Bréfritari: Benedikt Hálfdanarson
Dagsetning: A-1908-11-03
Skrifað á: Vesturheimi

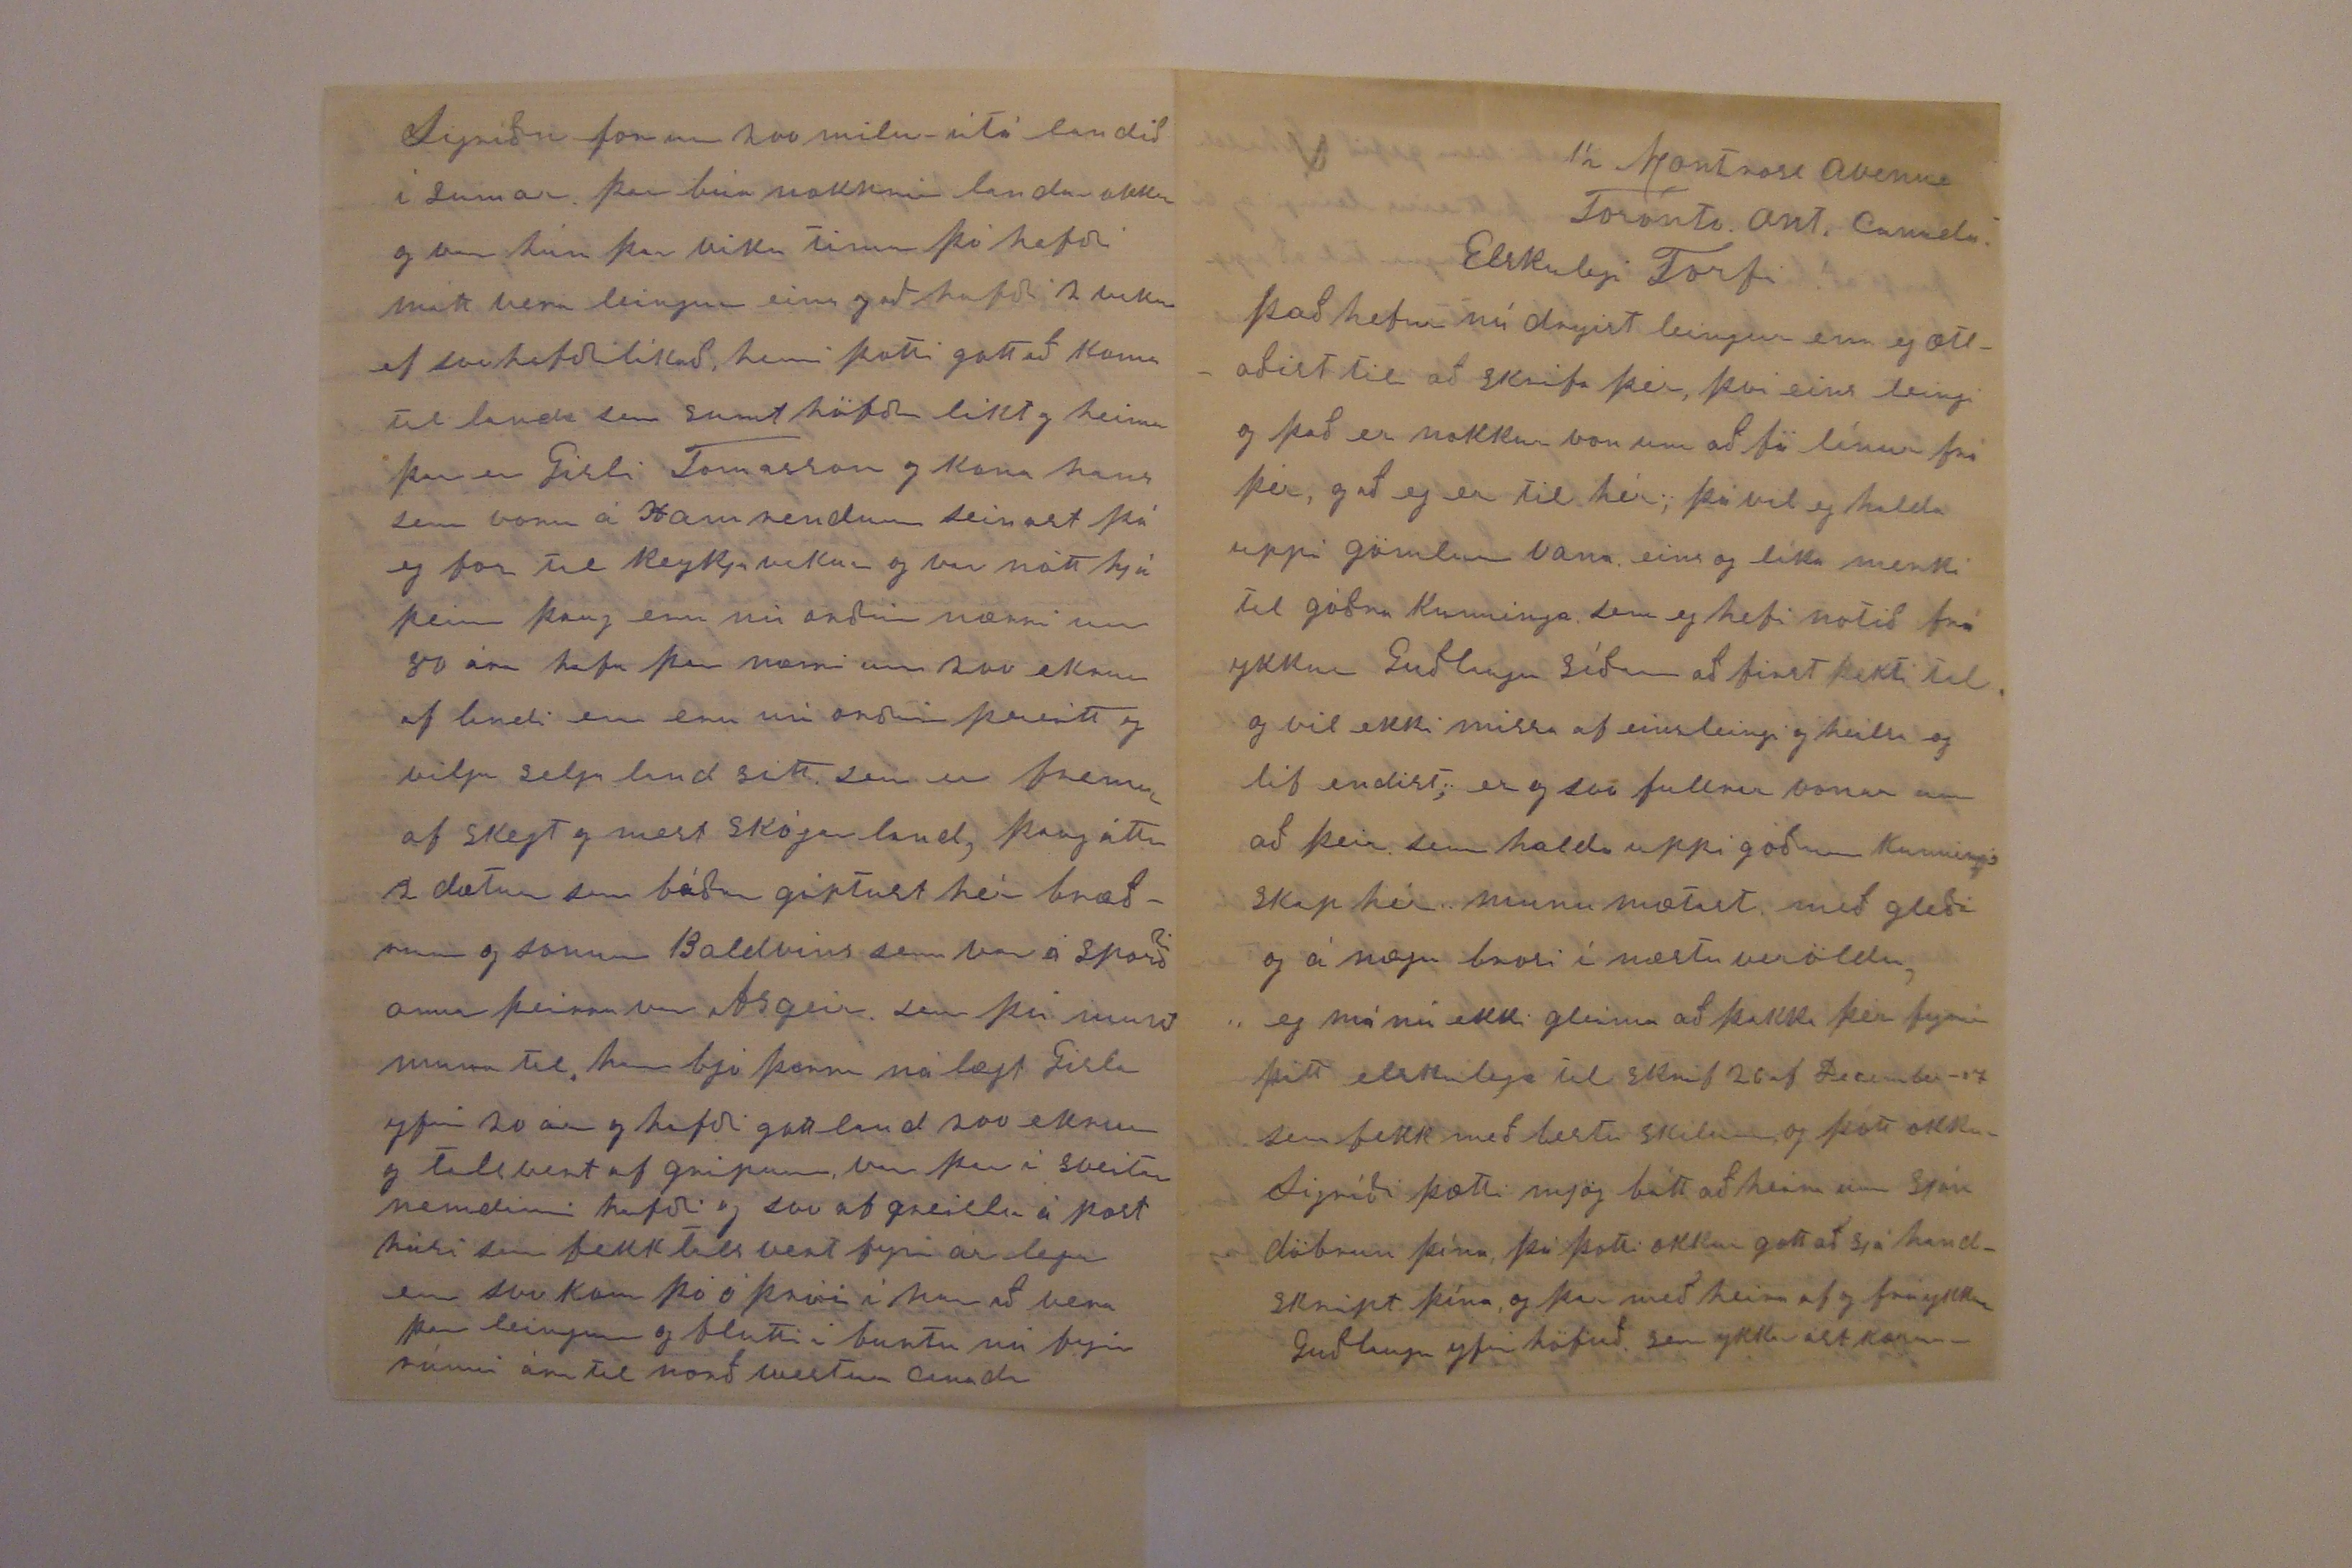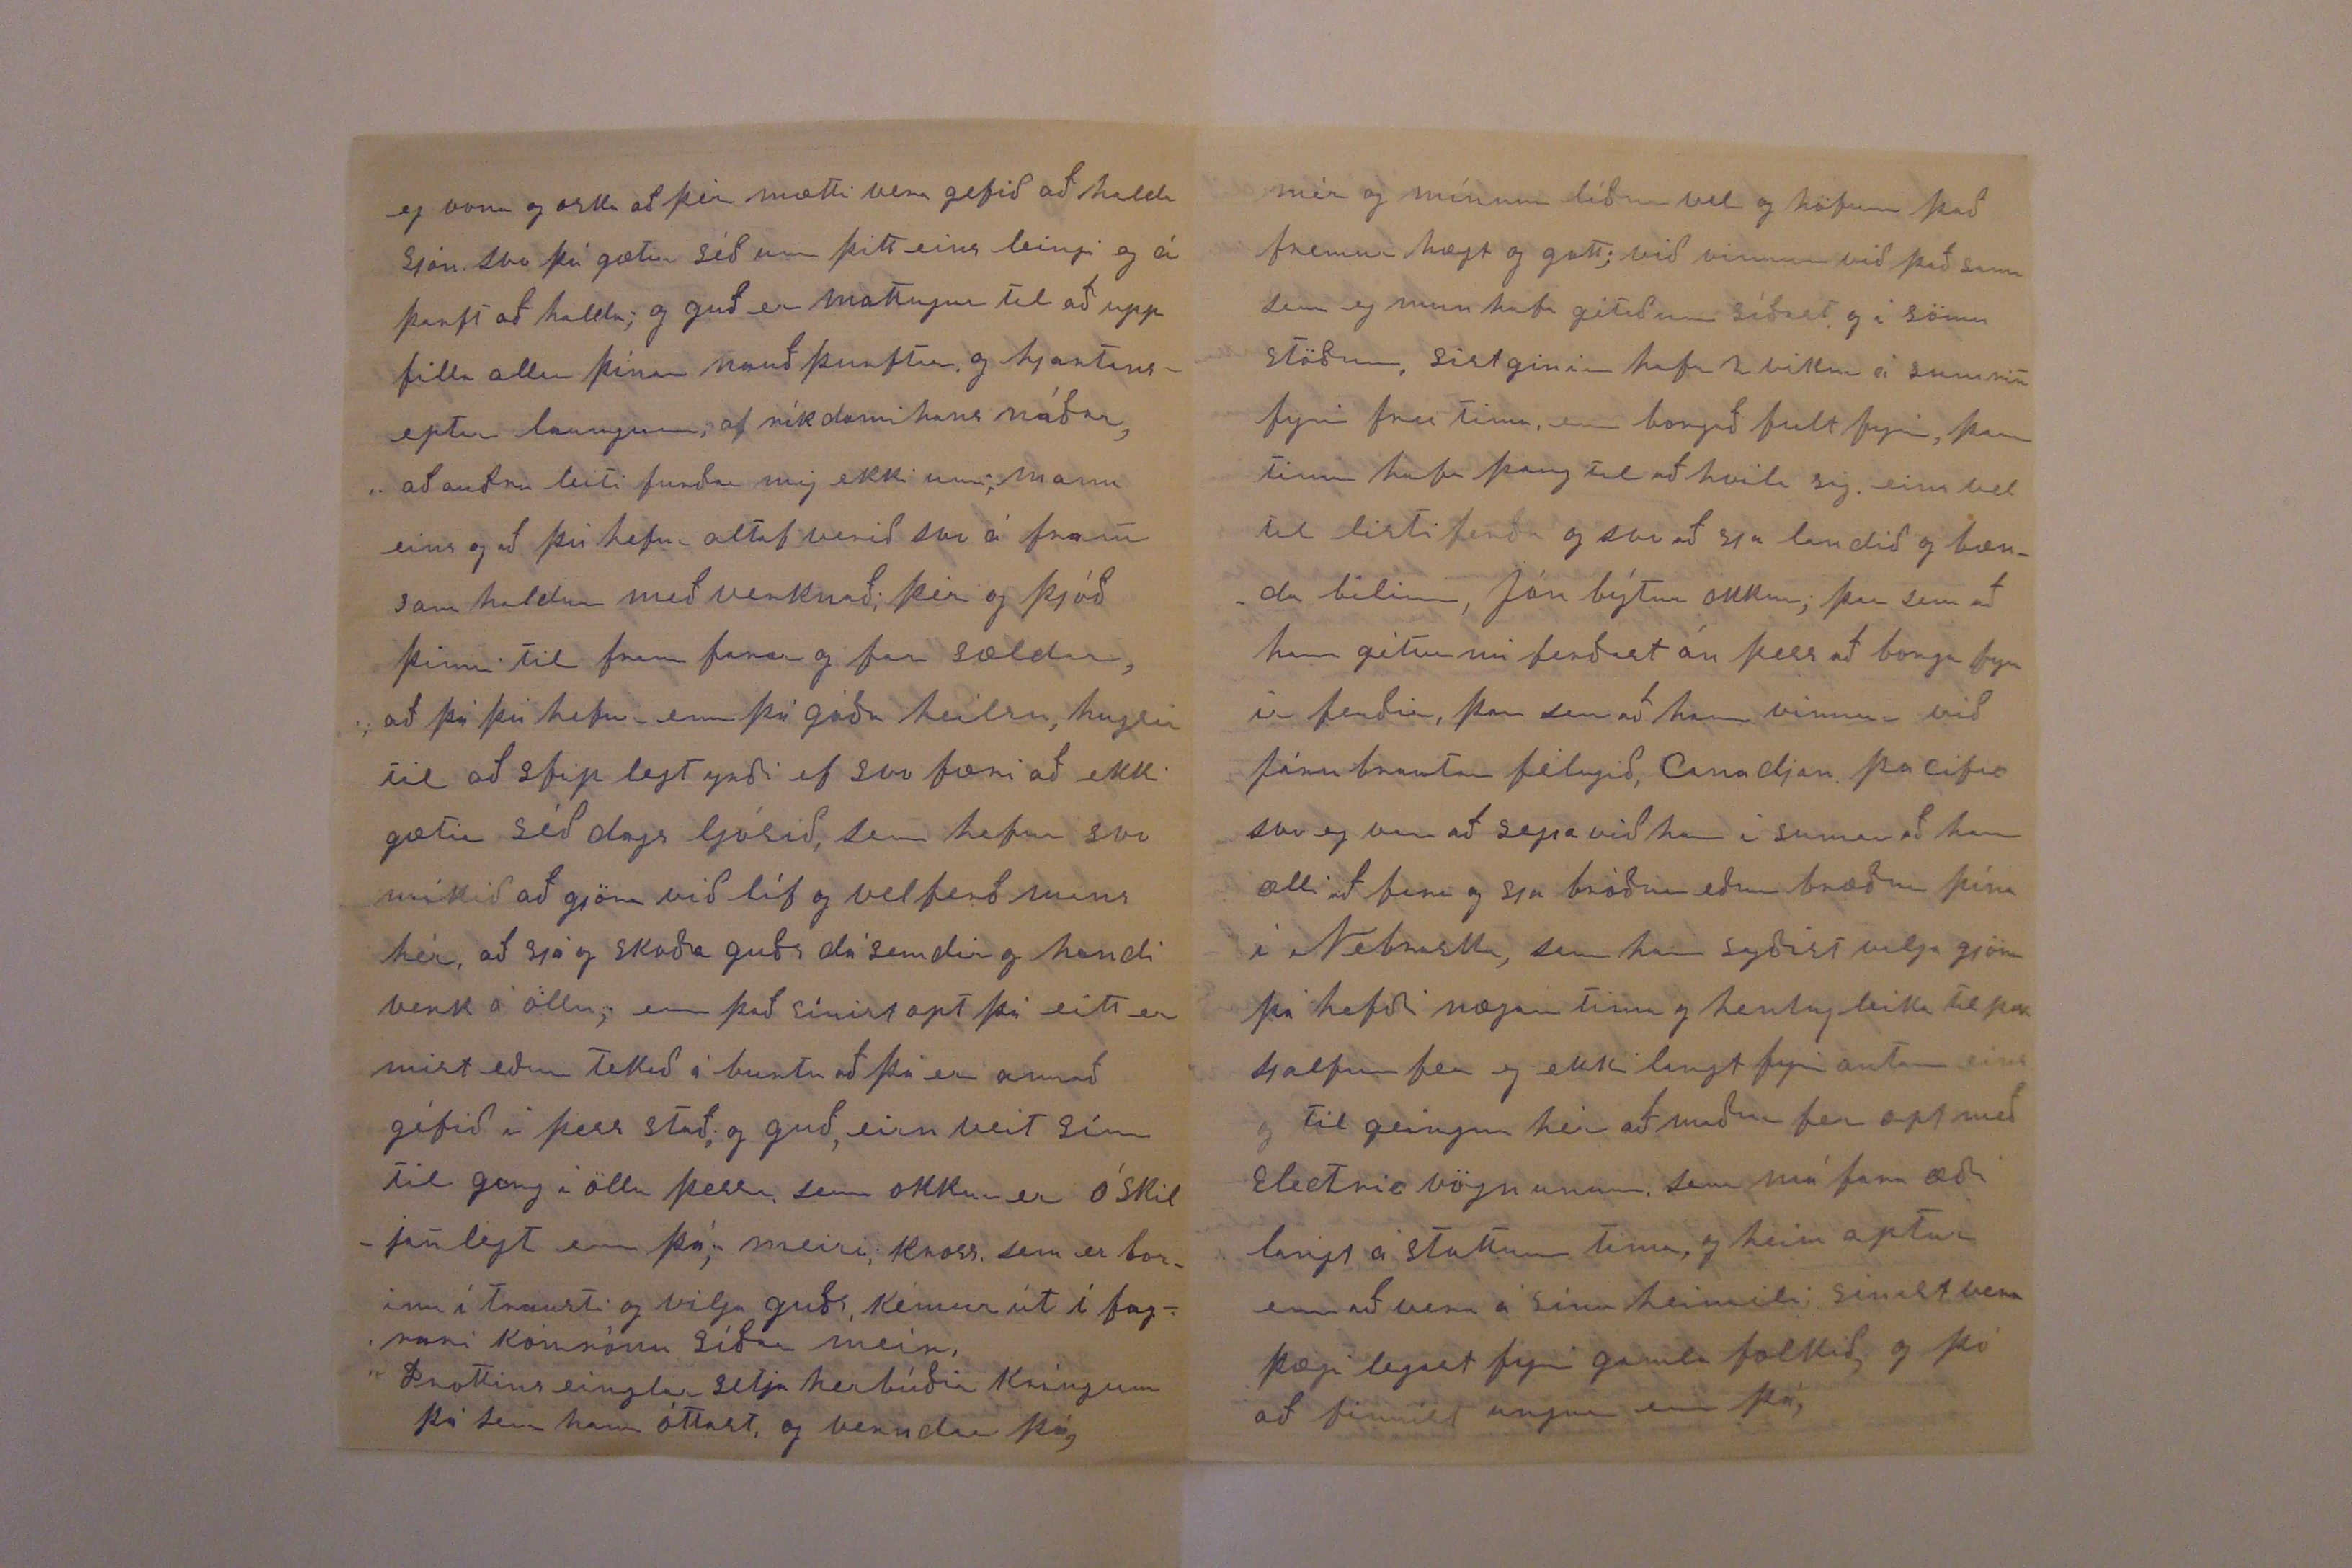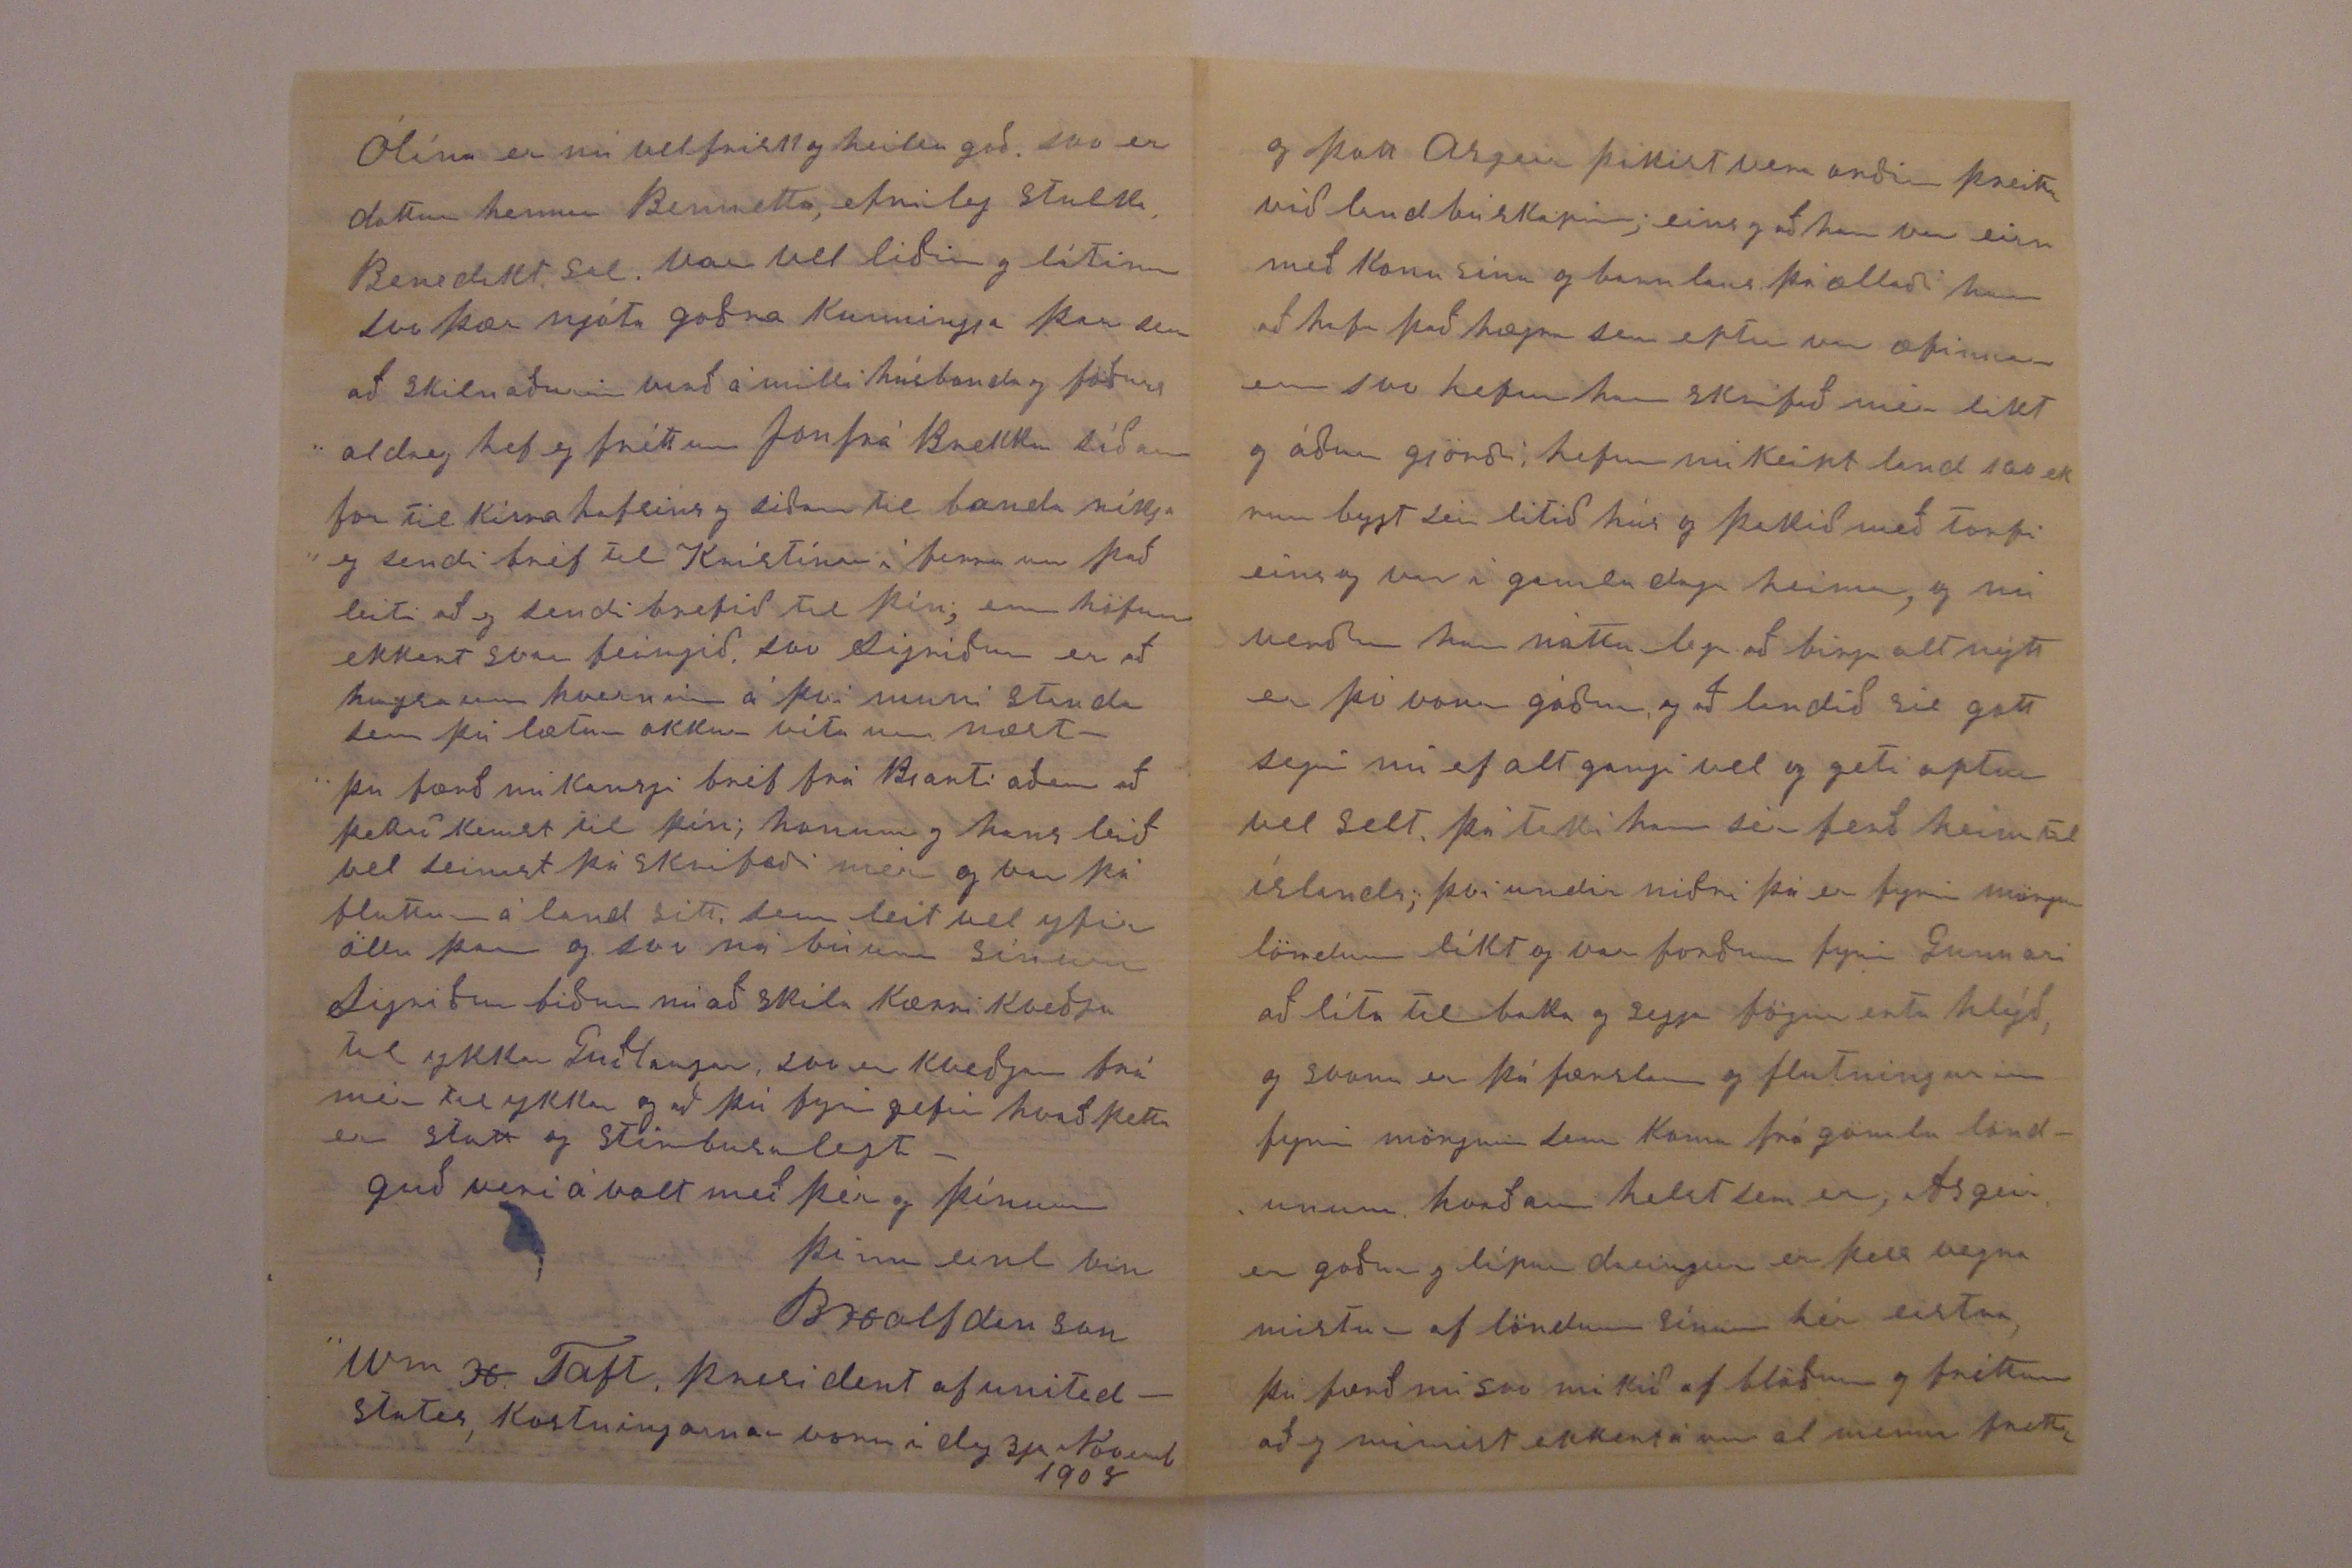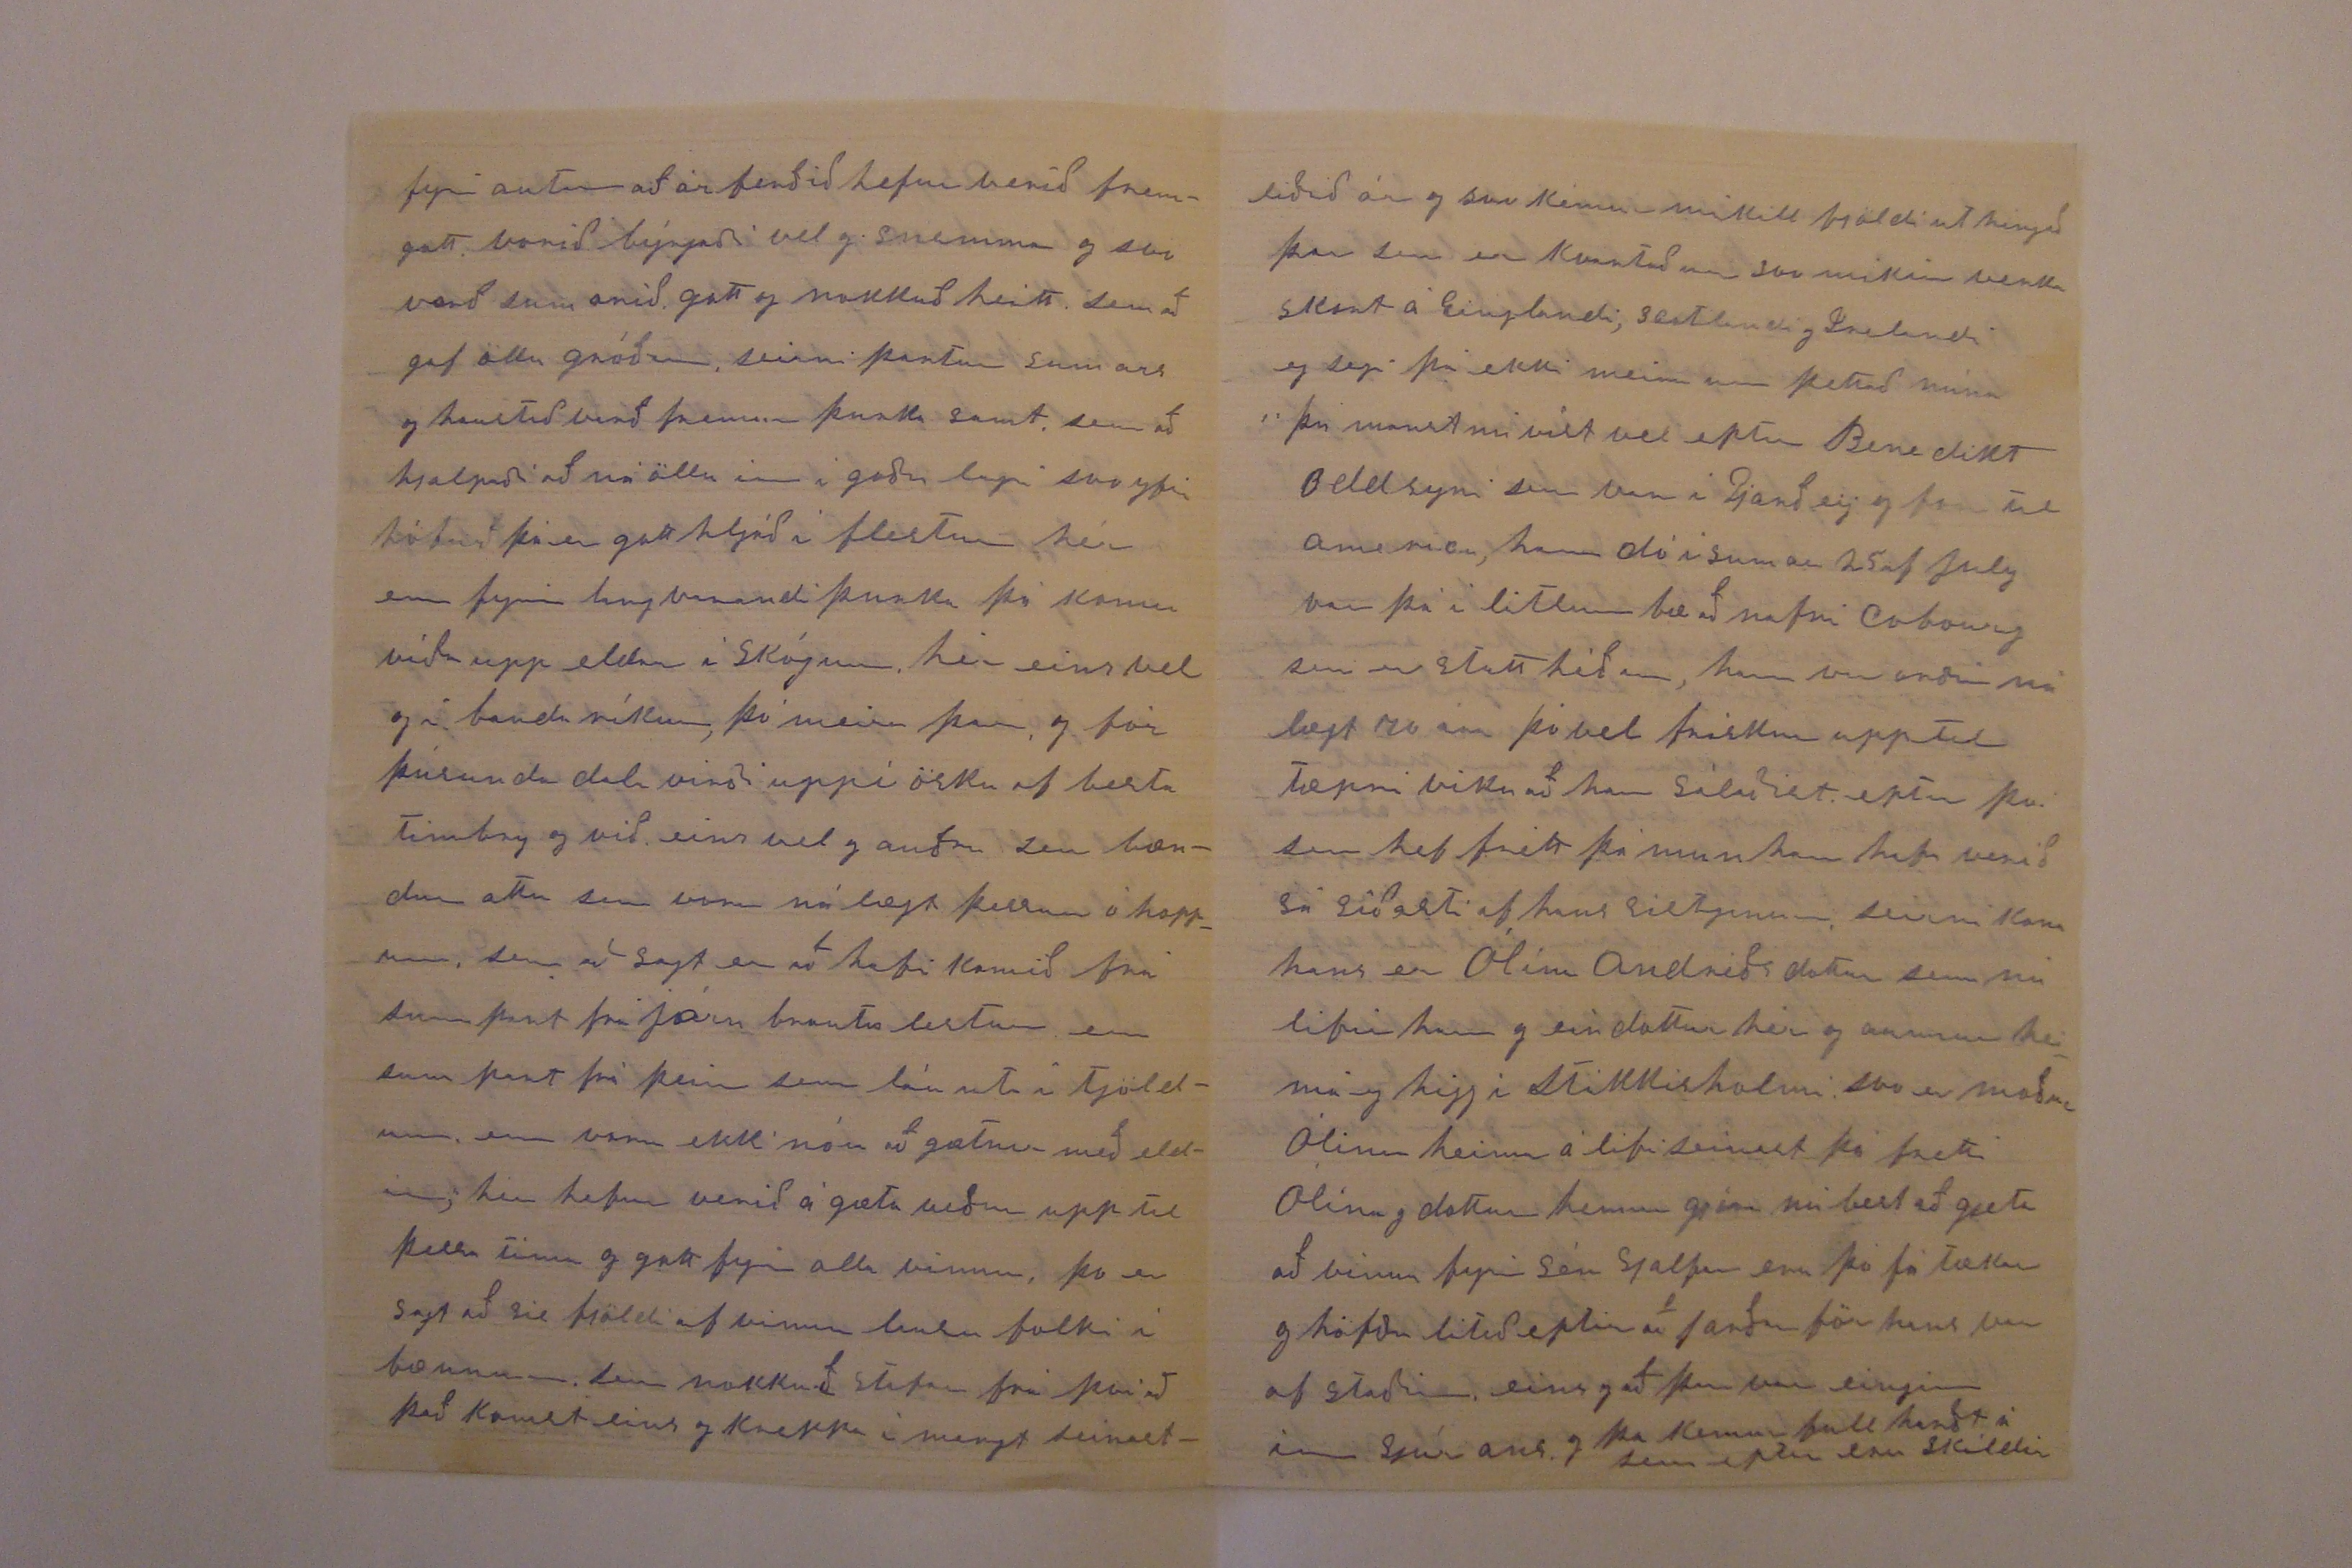

1 1/2 Montrose avenue Toronto Ont. Canada
Elskulegi Torfi!
það hefur nú dreigist leingur enn eg ætlaðist til að skrifa þér, því eins leingi og það er nokkur von um að fá línur frá þér, og að eg er til hér, þá vil eg halda upppi gömlum vana eins og líka merki til góðra kunninga sem eg hefi notið frá ykkur Guðlaugu síðan að first þekti til, og vil ekki missa af eins leingi og heilsa og líf endist, er eg svo fullur vonar um að þeir sem halda uppi góðum kunnings skap hér munu mætast með gleði og á næju brosi í næstu verölu, eg má nú ekki gleima að þakka þér fyrir þitt elskulega til skrif 26 af December -07 sem fekk með bestu skilum og þótt okkur Sigríði þætti mjög bátt að heira um sjón döbrun þína, þá þotti okkur gott að sjá handskript þína, og þar með heira af og frá ykkur Guðlaugu yfir höfuð sem ykkar ást kærum
eg vona og oska að þér mætti vera gefið að halda sjón svo þú gætir séð um þitt eins leingi og á þarft að halda og guð er mattugur til að upp filla allar þínar nauðþurftir og hjartans eptir laungun, af ríkdæmi hans náðar að auðru leiti furðar mig ekki um, mann eins og að þú hefur altaf verið verið svo á fram sam haldur með verknað, þér og þjóð þinni til fram fara og far sældar, að þá þú hefur enn þá góða heilsu, hugsir til að sfiplegt yrði ef svo færi að ekki gætir séð dags ljósið, sem hefur svo mikið að gjöra við líf og velferð mans hér, að sjá og skoða guðs dásemdir og hendi verk á öllu, enn það sínist opt þá eitt er mist eður tekið á burtu að þá er annað géfið í þess stað, og guð eirn veit sinn til gang í öllu þessu, sem okkur er óskiljanlegt enn þá, meiri kross sem er borinn í trausti og vilja guðs kémur út í fagruri kónrónu síðar meir,
Drottins einglar setja herbúðir kringum þá sem hann óttast og verndar þá,
mér og mínum líður vel og höfum það fremur hægt og gott, við vinnum við það sama sem eg mun hafa gétið um síðast og í sömu stöðum, sistginin hafa 2 vikur á sumrin fyrir free tíma, enn borgað fult fyrir, þann tíma hafa þaug til að hvíla sig eins vel til listi ferða og svo að sja landið og bænda bílinn, Jón býður okkur, þar sem að han gétur nú ferðast án þess að borga fyrir ferðir, þar sem að hann vinnur við járnbrautar félagið Canadjan pacific svo eg var að segja við han í sumar að han ætti að fara og sja bróður eður bræður þína í Nebraska, sem han sagðist vilja gjöra þá hefði nægan tíma og hentugleika til þess sjalfur fer eg ekki langt fyrir autan eins og til geingur hér að maður fer opt með Electirc vögnunum, sem má fara æði langt á stuttum tíma, og heira aptur enn að vera á sínu heimili, sínist vera þægilegast fyrir gamla folkið, og þó að finnist ungur enn þá,
Sigríður for um 200 mílur útá landið í sumar þar búa nokkrir landar okkar og var hún þar viku tíma þó hefði mátt vera leingur eins og að hafði 2 vikur ef svo hefði líkað henni þotti gott að koma til landa sem sumt höfðu líkt og heima þar er Gísli Tomasson og kona hans sem voru á
Hamrendum
seinast þá eg for til Reykjavikur og var nótt hjá þeim þaug eru nú orðin nærri um 80 ára hafa þar nærri um 200 ekrur af landi en eru nú orðin þreitt og vilja selja land sitt sem er fremur af skegt og mest skógarland, þaug áttu 2 dætur sem báðar giptust hér bræðrum og sonum Baldvins sem var á var á Sporði annar þeirra var Asgeir sem þú munt muna til hann bjó þarna nálægt Gísla yfir 20 ár og hafði gott land 200 ekrur og talsvert af gripum, var þar í sveitar nemdinni hafði og svo afgreiðslu á post húsi sem fekk talsvert fyrir árlega en svo kom þó óþrói í han að vera þar leingur og flutti í burtu nú fyrir rúmu ári til norð westur Canada
og
patt
Asgeir þikist vera orðin þreittu við landbúskapin, eins og að han var eirn með konu sína og barnlaus þá ætlaði hann að hafa það hægra sem eptir var æfinnar enn svo hefur han skrifað mér líkt og áður gjörði, hefur nú keipt land 100 ekrur byggt sér lítið hús og þakið með torfi eins og var í gamla daga heima, og nú verður han náttulega að birja alt nýtt er þó vona góður og að landið sie gott segir nú ef alt gangi vel og geti aptur vel selt þá taki hann sér ferð heim til íslands, því undir niðri þá er fyrir mörgu löndum líkt og var forðum fyrir Gunnari að líta til baka og segja fögur ertu hlýð, og svona er þá færslan og flutningurinn fyrir mörgum sem koma frá gömlu löndunum hvaðan helst sem er, Asgeir er goður og lipur dreingur er þess vegna mistur af löndum sínum hér eistra, þú færð nú svo mikið af blöðum og fréttum að eg minnist ekkert á um almennar frettir
fyrir autan að árferðið hefur verið frem gott vorið byrjaði vel og snemma og svo varð sumarið gott og nokkuð heitt sem að gaf öllu gróður seirni partur sumars og haustið varð fremur þurka samt sem að hjalpaði að ná öllu inn í goðu lagi svo yfir höfuð þá er gott hljóð í flestum hér enn fyrir langvarandi þurka þá komu víða upp eldar í skógum hér eins vel og í banda ríkum, þó meira þar og fór þúsunda dala virði uppí ösku af besta timbry og við eins vel og auðru sem bændur attu sem voru nálægt þessum óhoppum, sem að sagt er að hafi komið frá sumpart frá járn brauta lestum en sum part frá þeim sem
láu uti
í tjöldum, enn voru ekki nóu að gætnir með eldin, hér hefur verið á gæta veður upp til þessa tíma og gott fyrir alla vinnu, þo er sagt að sie fjöldi af vinnu lausu folki í bæunum sem nokkuð stafar frá því að það komst eins og kreppa í margt seinast
liðið ár og svo kémur mikill fjöldi ut hingað þar sem er kvartað um svo mikin verk skort á Einglandi, Scotlandi og Irelandi eg segi þá ekki meira um þettað núna þú manst nú víst vel eptir Benedikt Oddsyni sem var í
Garðey
og for til americu, hann dó í sumar 25 af July var þá í litlum bæ að nafni
Cobow00
sem er stutt héðan, hann var orðin nálægt 70 ara þó vel frískur upp til tæpri viku að han sálaðist eptir því sem hef frétt þá mun han hafa verið sá síðasti af hans sistginum, seirni kona hans er Ólína Andréðsdottir sem nú lifir hann og ein dottur hér og aunnur heima eg higg í Stikkisholmi svo er moðir Ólínu heima á lífi seinast þá fretti Ólína og dottur hennar gjöra nú best að gjeta að vinna fyrir sér sjalfar eru þó fátækar og höfðu lítið eptir að jarðarför hans var af staðin eins og að þar var eingin inn sjúrans og þa kemur full hardt á sem eptir eru skildir
Ólína er nú vel frísk og heilsu goð, svo er dottur hennar
Bennetta
efnileg stulka Benedikt sal. var vel liðin og litinn svo þær njóta goðra kunningja þar sem að skilnaðurin varð á milli húsbonda og föðurs aldrey hef eg frétt um Jon frá Brekku síðan for til kirrahafsins og síðan til bandaríkja eg sendi bréf til Kristínar í firra um það leiti að eg sendi brefið til þín, enn höfum ekkert svar feingið svo Sigríður er að hugsa um hvernin á því muni standa sem þú lætur okkur vita um næst þu færð nú kansgi bréf frá Bjarti aður að þetta kemst til þín, honum og hans leið vel seinast þá skrifaði mér og var þá fluttur á land sitt, sem leit vel yfir öllu þar og svo ná búum sínum Sigríður biður nú að skila kærri kveðju til ykkar Guðlaugar, svo er kveðja frá mér til ykkar og að þú fyrirgefir hvað þetta er stutt og stirbusalegt
guð veri ávalt með þér og þínum
þinn einl vin
B.Halfdanson
Wm H. Taft president of united states, kostningarnar voru í dag 3ja Novemb 1908